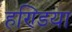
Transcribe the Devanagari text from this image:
हण्डिया